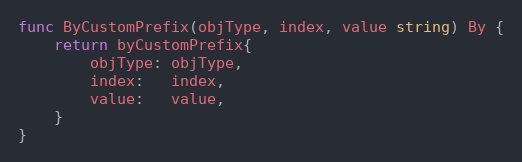
Language: Go
func ByCustomPrefix(objType, index, value string) By {
	return byCustomPrefix{
		objType: objType,
		index:   index,
		value:   value,
	}
}